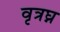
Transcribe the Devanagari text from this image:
वृत्रघ्न